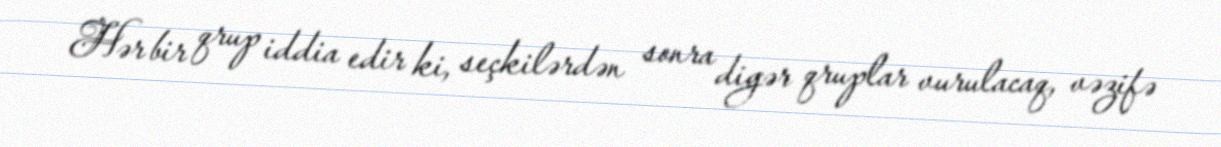
Hər bir qrup iddia edir ki, seçkilərdən sonra digər qruplar vurulacaq, vəzifə